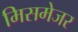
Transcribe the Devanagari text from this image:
मिसमेजर